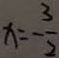
x = - \frac { 3 } { 2 }